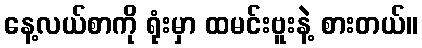
နေ့လယ်စာကို ရုံးမှာ ထမင်းဗူးနဲ့ စားတယ်။